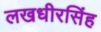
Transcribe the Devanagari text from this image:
लखधीरसिंह